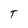
Character: T